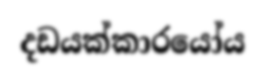
දඩයක්කාරයෝය